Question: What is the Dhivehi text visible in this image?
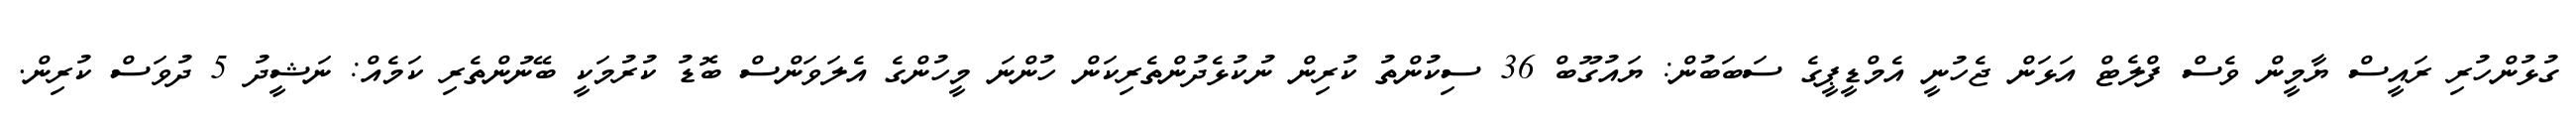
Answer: ގުޅުންހުރި ރައީސް ޔާމީން ވެސް ފްލެޓް އަޅަން ޖެހުނީ އެމްޑީޕީގެ ސަބަބުން: ޔައުގޫބް 36 ސިކުންތު ކުރިން ނުކުޅެދުންތެރިކަން ހުންނަ މީހުންގެ އެލަވަންސް ބޮޑު ކުރުމަކީ ބޭނުންތެރި ކަމެއް: ނަޝީދު 5 ދުވަސް ކުރިން.